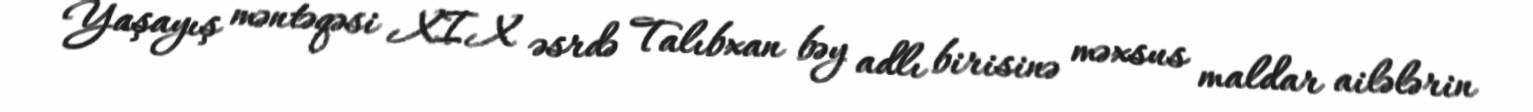
Yaşayış məntəqəsi XIX əsrdə Talıbxan bəy adlı birisinə məxsus maldar ailələrin